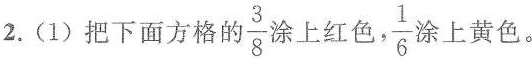
2. (1)把下面方格 的 \frac{3}{8}涂上红色， \frac{1}{6}涂上黄色。